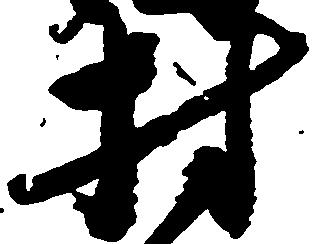
村